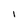
Character: l